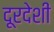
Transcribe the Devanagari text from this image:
दूरदेशीं